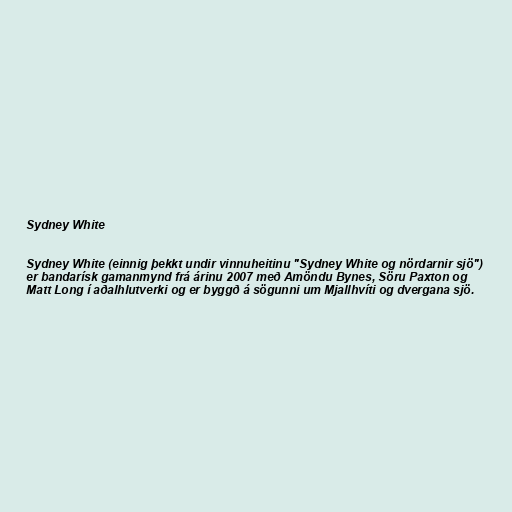
Sydney White

Sydney White (einnig þekkt undir vinnuheitinu "Sydney White og nördarnir sjö")
er bandarísk gamanmynd frá árinu 2007 með Amöndu Bynes, Söru Paxton og
Matt Long í aðalhlutverki og er byggð á sögunni um Mjallhvíti og dvergana sjö.